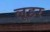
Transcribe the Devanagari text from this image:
लूहर